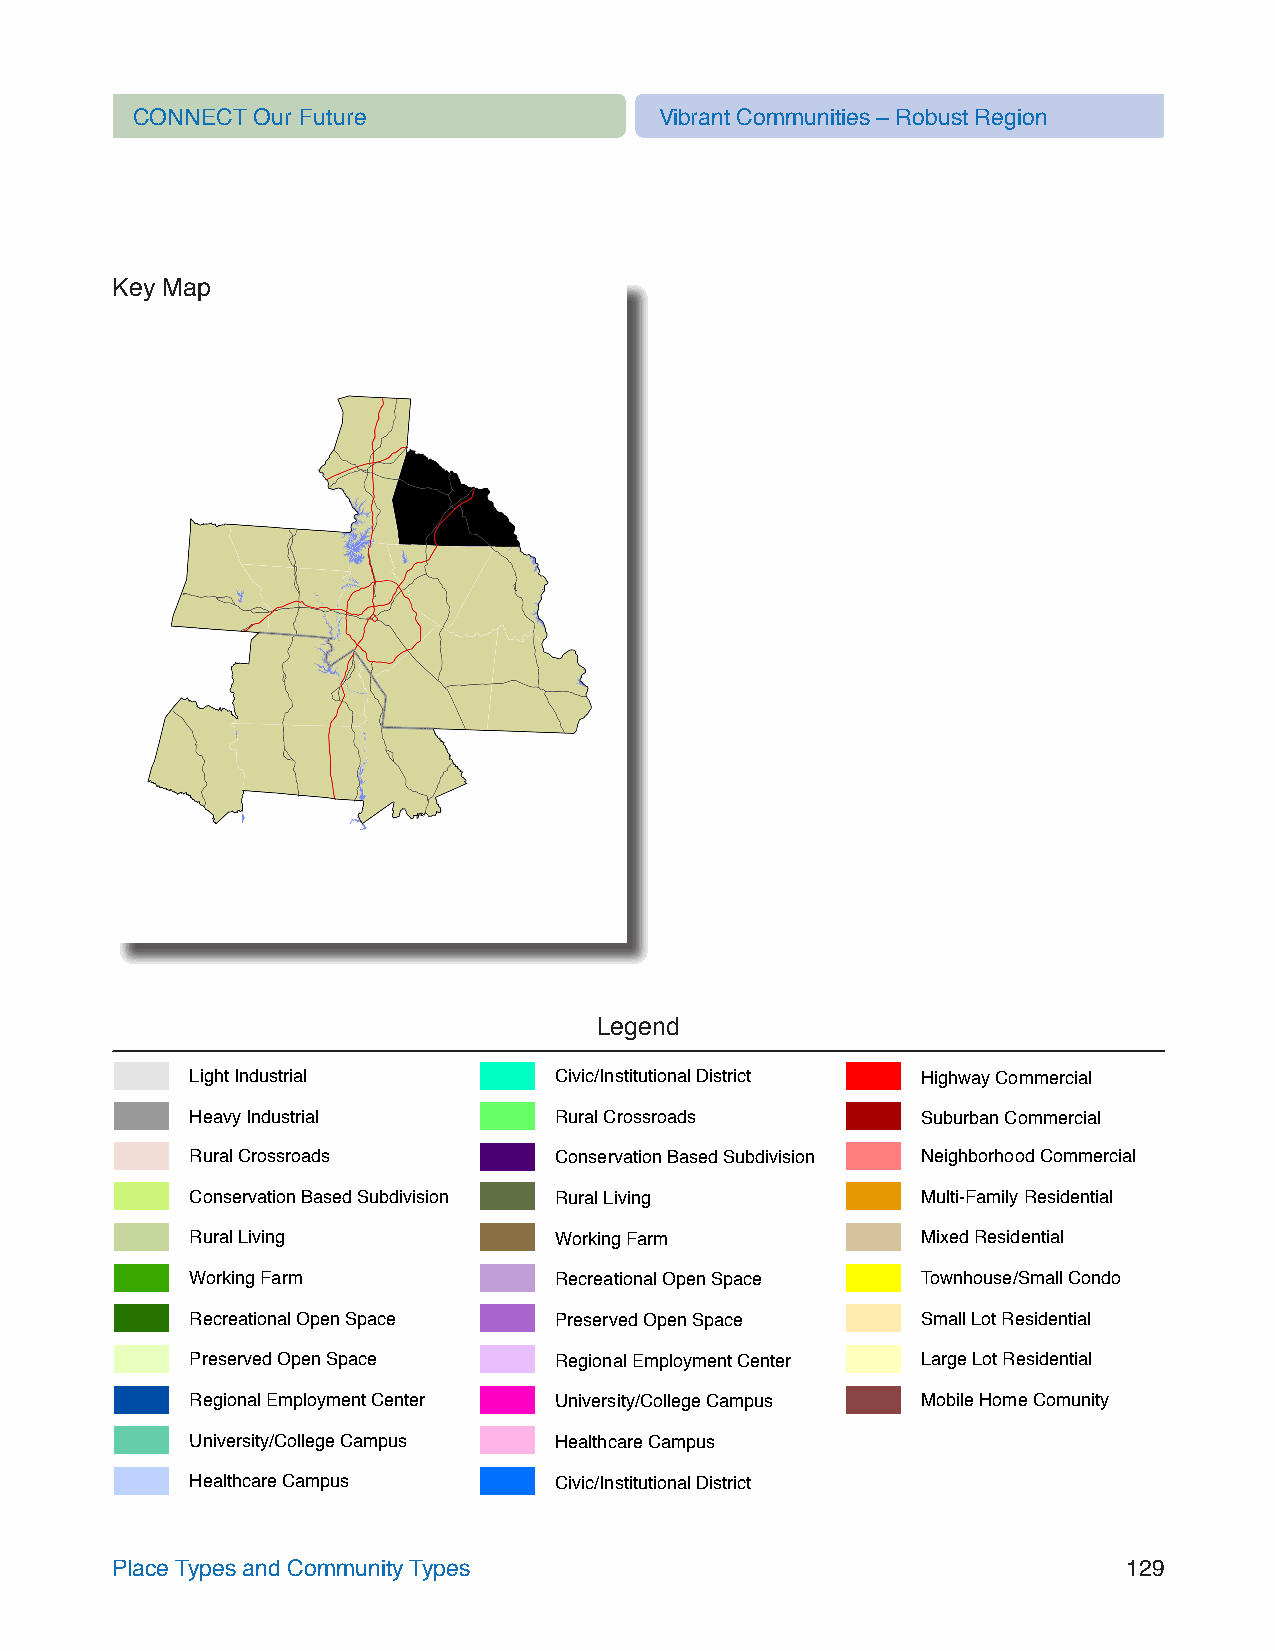
CONNECT Our Future                 Vibrant Communities – Robust Region
 Key Map
 Legend
 Light Industrial        Civic/Institutional District Highway Commercial
 Heavy Industrial        Rural Crossroads        Suburban Commercial
 Rural Crossroads        Conservation Based Subdivision Neighborhood Commercial
 Conservation Based Subdivision Rural Living     Multi-Family Residential
 Rural Living            Working Farm            Mixed Residential
 Working Farm            Recreational Open Space Townhouse/Small Condo
 Recreational Open Space Preserved Open Space    Small Lot Residential
 Preserved Open Space    Regional Employment Center Large Lot Residential
 Regional Employment Center University/College Campus Mobile Home Comunity
 University/College Campus Healthcare Campus
 Healthcare Campus       Civic/Institutional District
 Place Types and Community Types                                     129